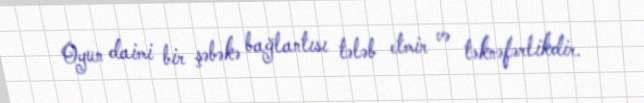
Oyun daimi bir şəbəkə bağlantısı tələb etmir və təknəfərlikdir.